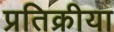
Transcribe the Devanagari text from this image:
प्रतिक्रीया